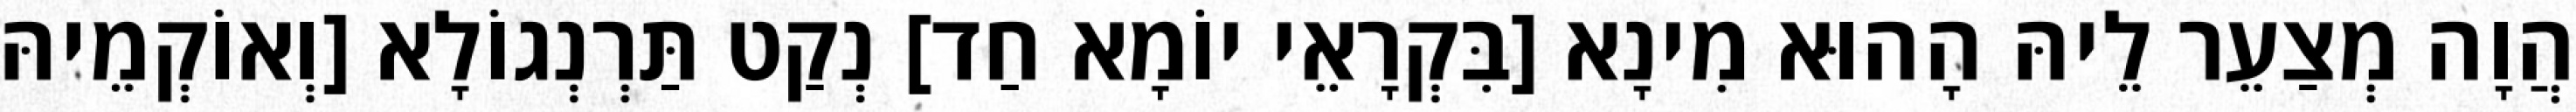
הֲוָה מְצַעֵר לֵיהּ הָהוּא מִינָא [בִּקְרָאֵי יוֹמָא חַד] נְקַט תַּרְנְגוֹלָא [וְאוֹקְמֵיהּ